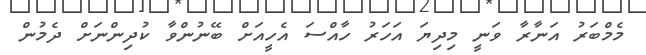
މެމްބަރު އަނާރާ ވަނީ މިދިޔަ އަހަރު ހާއްސަ އެހީއަށް ބޭނުންވާ ކުދިންނަށް ދެމުން